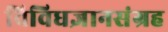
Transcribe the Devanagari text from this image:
विविधज्ञानसंग्रह